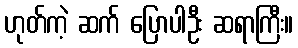
ဟုတ်ကဲ့ ဆက် ပြောပါဦး ဆရာကြီး။